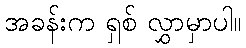
အခန်းက ရှစ် လွှာမှာပါ။